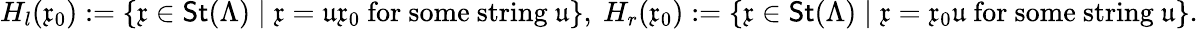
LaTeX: H_{l}(\mathfrak x_{0}):=\{ \mathfrak x\in\mathsf{St}(\Lambda)\mid\mathfrak x=\mathfrak u\mathfrak x_{0}\mathrm{~for~some~string~}\mathfrak u\} ,\ H_{r}(\mathfrak x_{0}):=\{ \mathfrak x\in\mathsf{St}(\Lambda)\mid\mathfrak x=\mathfrak x_{0}\mathfrak u\mathrm{~for~some~string~}\mathfrak u\} .